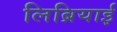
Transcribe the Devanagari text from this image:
लिब्रियाई